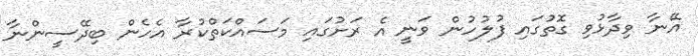
އޭނާ ވިދާޅުވި ގޮތުގައި ފުލުހުން ވަނީ އެ ރަށުގައި މަސައްކަތްކުރާ އެހެން ބިދޭސީންނާ